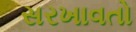
સરખાવતો